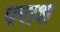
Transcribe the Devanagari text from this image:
पराश